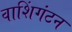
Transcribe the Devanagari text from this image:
वाशिंगंटन